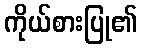
ကိုယ်စားပြု၏